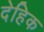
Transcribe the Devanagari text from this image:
देहिक